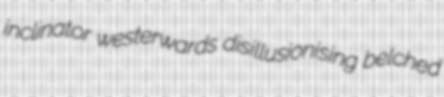
inclinator westerwards disillusionising belched